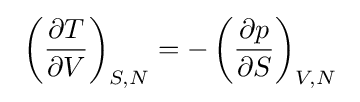
~\left({\partial T \over \partial V}\right)_{S,N}=-\left({\partial p \over \partial S}\right)_{V,N}~